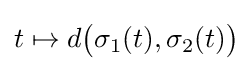
t\mapsto d{\big (}\sigma _{1}(t),\sigma _{2}(t){\big )}